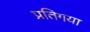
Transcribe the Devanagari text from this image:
प्रतिगया